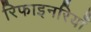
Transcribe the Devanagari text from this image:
रिफाइनरियाँ